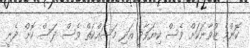
ކޮންމެ ޒުވާނަކަށް ވެސް ކިޔަވާދީ އަދި މަސައްކަތް ވެސް ދަސް ކޮށް ދެނީ